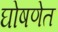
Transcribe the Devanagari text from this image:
घोषणेत